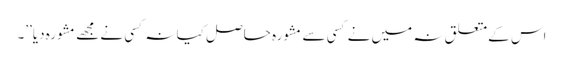
اس کےمتعلق نہ میں نے کسی سے مشورہ حاصل کیا نہ کسی نے مجھے مشورہ دیا’’۔